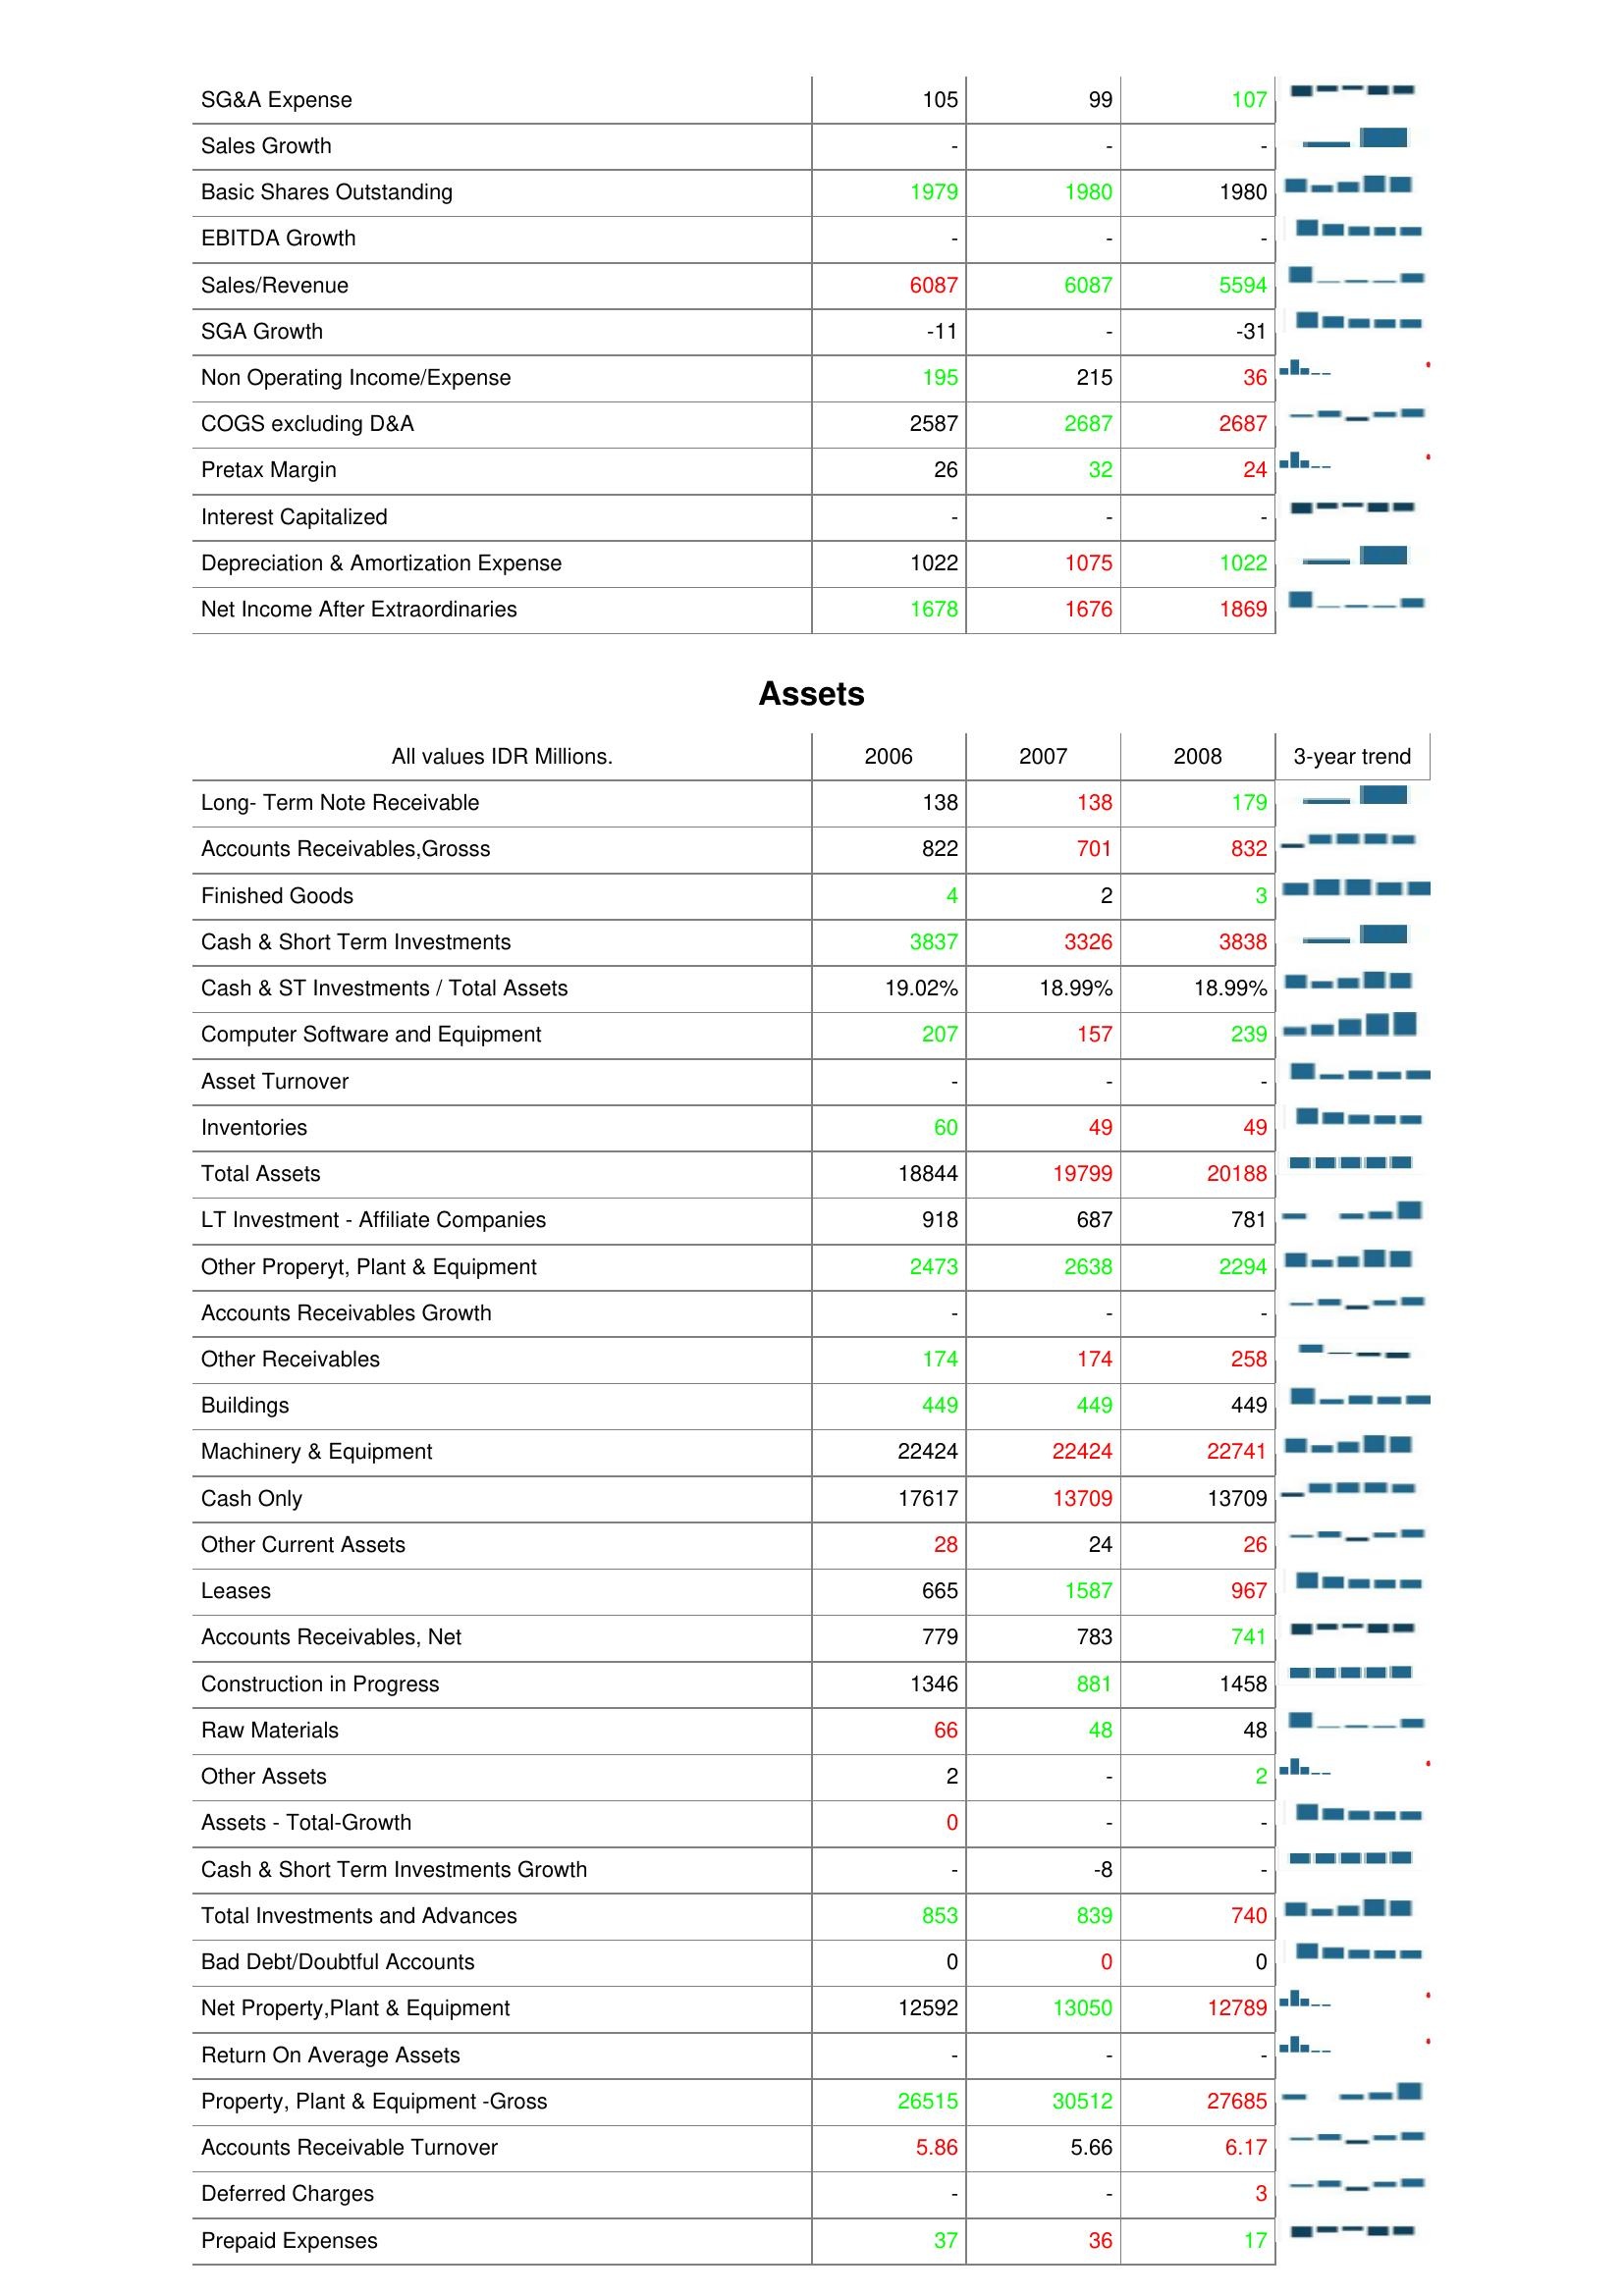
2006: : SG&A Expense: 105
Sales Growth: -
Basic Shares Outstanding: 1979
EBITDA Growth: -
Sales/Revenue: 6087
SGA Growth: -11
Non Operating Income/Expense: 195
COGS excluding D&A: 2587
Pretax Margin: 26
Interest Capitalized: -
Depreciation & Amortization Expense: 1022
Net Income After Extraordinaries: 1678
Assets: Long- Term Note Receivable: 138
Accounts Receivables,Grosss: 822
Finished Goods: 4
Cash & Short Term Investments: 3837
Cash & ST Investments / Total Assets: 19.02%
Computer Software and Equipment: 207
Asset Turnover: -
Inventories: 60
Total Assets: 18844
LT Investment - Affiliate Companies: 918
Other Properyt, Plant & Equipment: 2473
Accounts Receivables Growth: -
Other Receivables: 174
Buildings: 449
Machinery & Equipment: 22424
Cash Only: 17617
Other Current Assets: 28
Leases: 665
Accounts Receivables, Net: 779
Construction in Progress: 1346
Raw Materials: 66
Other Assets: 2
Assets - Total-Growth: 0
Cash & Short Term Investments Growth: -
Total Investments and Advances: 853
Bad Debt/Doubtful Accounts: 0
Net Property,Plant & Equipment: 12592
Return On Average Assets: -
Property, Plant & Equipment -Gross: 26515
Accounts Receivable Turnover: 5.86
Deferred Charges: -
Prepaid Expenses: 37
2007: : SG&A Expense: 99
Sales Growth: -
Basic Shares Outstanding: 1980
EBITDA Growth: -
Sales/Revenue: 6087
SGA Growth: -
Non Operating Income/Expense: 215
COGS excluding D&A: 2687
Pretax Margin: 32
Interest Capitalized: -
Depreciation & Amortization Expense: 1075
Net Income After Extraordinaries: 1676
Assets: Long- Term Note Receivable: 138
Accounts Receivables,Grosss: 701
Finished Goods: 2
Cash & Short Term Investments: 3326
Cash & ST Investments / Total Assets: 18.99%
Computer Software and Equipment: 157
Asset Turnover: -
Inventories: 49
Total Assets: 19799
LT Investment - Affiliate Companies: 687
Other Properyt, Plant & Equipment: 2638
Accounts Receivables Growth: -
Other Receivables: 174
Buildings: 449
Machinery & Equipment: 22424
Cash Only: 13709
Other Current Assets: 24
Leases: 1587
Accounts Receivables, Net: 783
Construction in Progress: 881
Raw Materials: 48
Other Assets: -
Assets - Total-Growth: -
Cash & Short Term Investments Growth: -8
Total Investments and Advances: 839
Bad Debt/Doubtful Accounts: 0
Net Property,Plant & Equipment: 13050
Return On Average Assets: -
Property, Plant & Equipment -Gross: 30512
Accounts Receivable Turnover: 5.66
Deferred Charges: -
Prepaid Expenses: 36
2008: : SG&A Expense: 107
Sales Growth: -
Basic Shares Outstanding: 1980
EBITDA Growth: -
Sales/Revenue: 5594
SGA Growth: -31
Non Operating Income/Expense: 36
COGS excluding D&A: 2687
Pretax Margin: 24
Interest Capitalized: -
Depreciation & Amortization Expense: 1022
Net Income After Extraordinaries: 1869
Assets: Long- Term Note Receivable: 179
Accounts Receivables,Grosss: 832
Finished Goods: 3
Cash & Short Term Investments: 3838
Cash & ST Investments / Total Assets: 18.99%
Computer Software and Equipment: 239
Asset Turnover: -
Inventories: 49
Total Assets: 20188
LT Investment - Affiliate Companies: 781
Other Properyt, Plant & Equipment: 2294
Accounts Receivables Growth: -
Other Receivables: 258
Buildings: 449
Machinery & Equipment: 22741
Cash Only: 13709
Other Current Assets: 26
Leases: 967
Accounts Receivables, Net: 741
Construction in Progress: 1458
Raw Materials: 48
Other Assets: 2
Assets - Total-Growth: -
Cash & Short Term Investments Growth: -
Total Investments and Advances: 740
Bad Debt/Doubtful Accounts: 0
Net Property,Plant & Equipment: 12789
Return On Average Assets: -
Property, Plant & Equipment -Gross: 27685
Accounts Receivable Turnover: 6.17
Deferred Charges: 3
Prepaid Expenses: 17